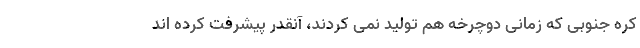
کره جنوبی که زمانی دوچرخه هم تولید نمی کردند، آنقدر پیشرفت کرده اند